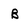
Character: B